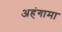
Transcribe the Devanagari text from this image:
अहंगामा